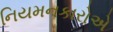
નિયમનકારોએ